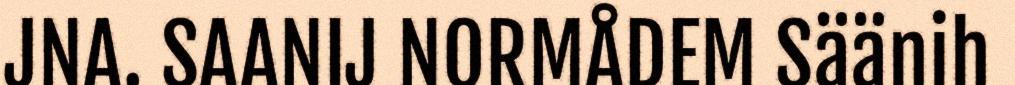
JNA. SAANIJ NORMÅDEM Säänih